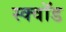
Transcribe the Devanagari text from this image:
स्क्वॉड